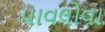
પાવલોવા